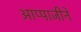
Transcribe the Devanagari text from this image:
आप्पाजीने